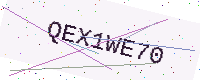
Text: QEX1WE70